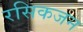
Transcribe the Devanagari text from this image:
रसिकजन